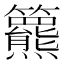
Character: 𥷾